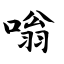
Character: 嗡